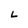
Character: L